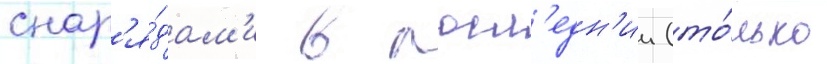
снар'я́дам'и в посл'едн'ии (то́лько